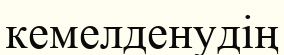
кемелденудің